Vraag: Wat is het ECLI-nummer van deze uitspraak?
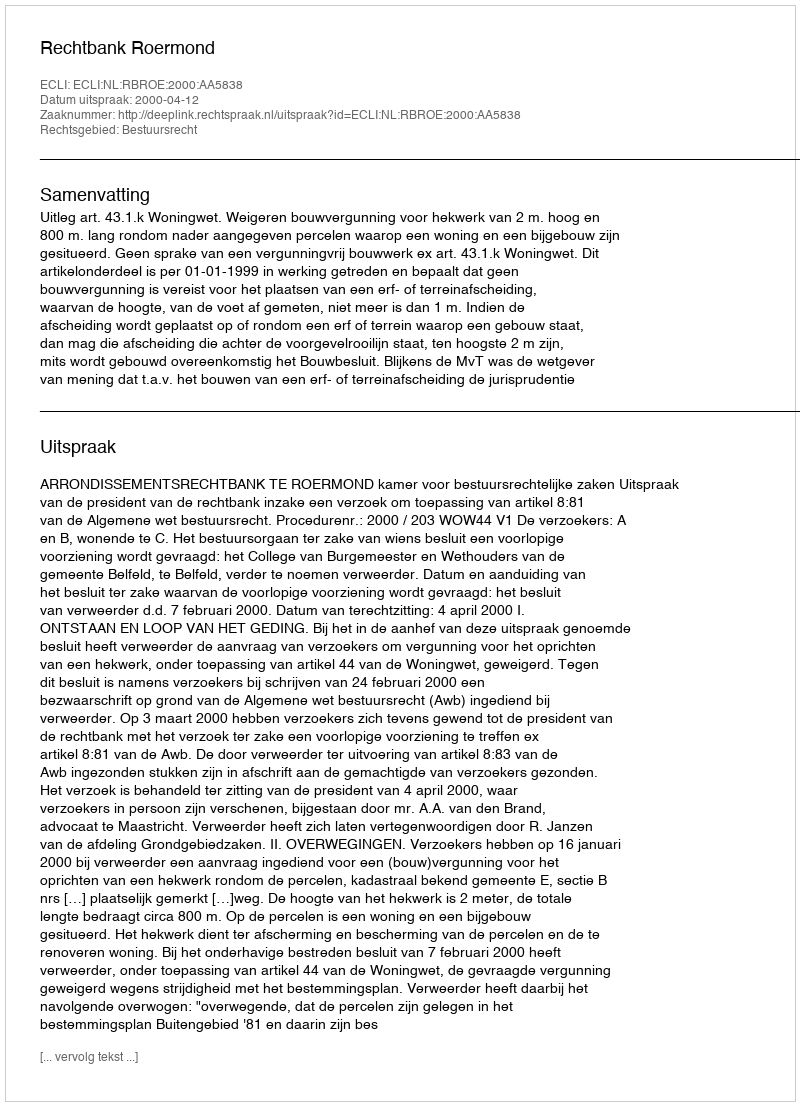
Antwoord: ECLI:NL:RBROE:2000:AA5838